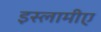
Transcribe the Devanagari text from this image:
इस्लामीए